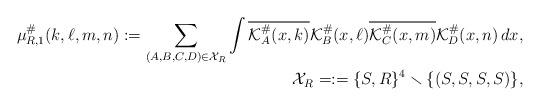
LaTeX: \begin{align*}\mu^{\#}_{R,1}(k,\ell,m,n):=\sum_{(A,B,C,D)\in\mathcal{X}_{R}}\int\overline{\mathcal{K}^{\#}_{A}(x,k)}\mathcal{K}^{\#}_{B}(x,\ell)\overline{\mathcal{K}^{\#}_{C}(x,m)}\mathcal{K}^{\#}_{D}(x,n)\,dx,\\\mathcal{X}_{R} = := \{ S,R \}^4 \smallsetminus \{(S,S,S,S)\},\end{align*}